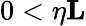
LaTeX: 0<\eta\le L